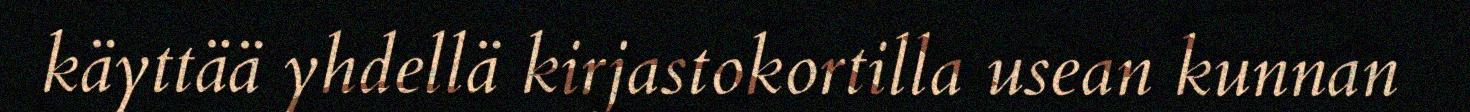
käyttää yhdellä kirjastokortilla usean kunnan